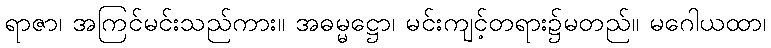
ရာဇာ၊ အကြင်မင်းသည်ကား။ အဓမ္မဋ္ဌော၊ မင်းကျင့်တရား၌မတည်။ မဂေါယထာ၊